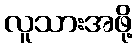
လူသားအဖို့